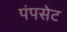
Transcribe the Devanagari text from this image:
पंपसेट